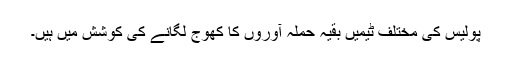
پولیس کی مختلف ٹیمیں بقیہ حملہ آوروں کا کھوج لگانے کی کوشش میں ہیں۔